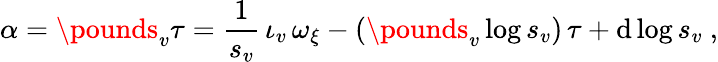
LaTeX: \alpha=\pounds_{v}\tau=\frac{1}{s_{v}}\, \iota_{v}\, \omega_{\xi}-(\pounds_{v}\log s_{v})\, \tau+\mathrm{d}\log s_{v}\ ,